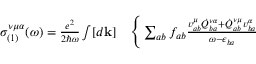
\begin{array} { r l } { \sigma _ { ( 1 ) } ^ { \nu \mu \alpha } ( \omega ) = \frac { e ^ { 2 } } { 2 \hslash \omega } \int [ d \mathbf { k } ] } & { { } \Bigg \{ \sum _ { a b } f _ { a b } \frac { v _ { a b } ^ { \mu } \dot { Q } _ { b a } ^ { \nu \alpha } + \dot { Q } _ { a b } ^ { \nu \mu } v _ { b a } ^ { \alpha } } { \omega - \epsilon _ { b a } } } \end{array}